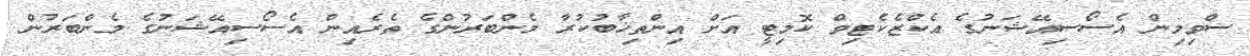
ސްވިމިން އެސޯސިއޭޝަނުގެ އެކްޒެކެޓިވް ކޮމިޓީ އަށް އިންތިޚާބުކުރާ މެންބަރުންގެ ތެރެއިން އެސޯސިއޭޝަނުގެ މެންބަރުން